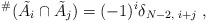
\begin{align*}{}^{\#}(\tilde{A}_i \cap \tilde{A}_j) = (-1)^i \delta_{N-2,\; i+j}\;,\end{align*}